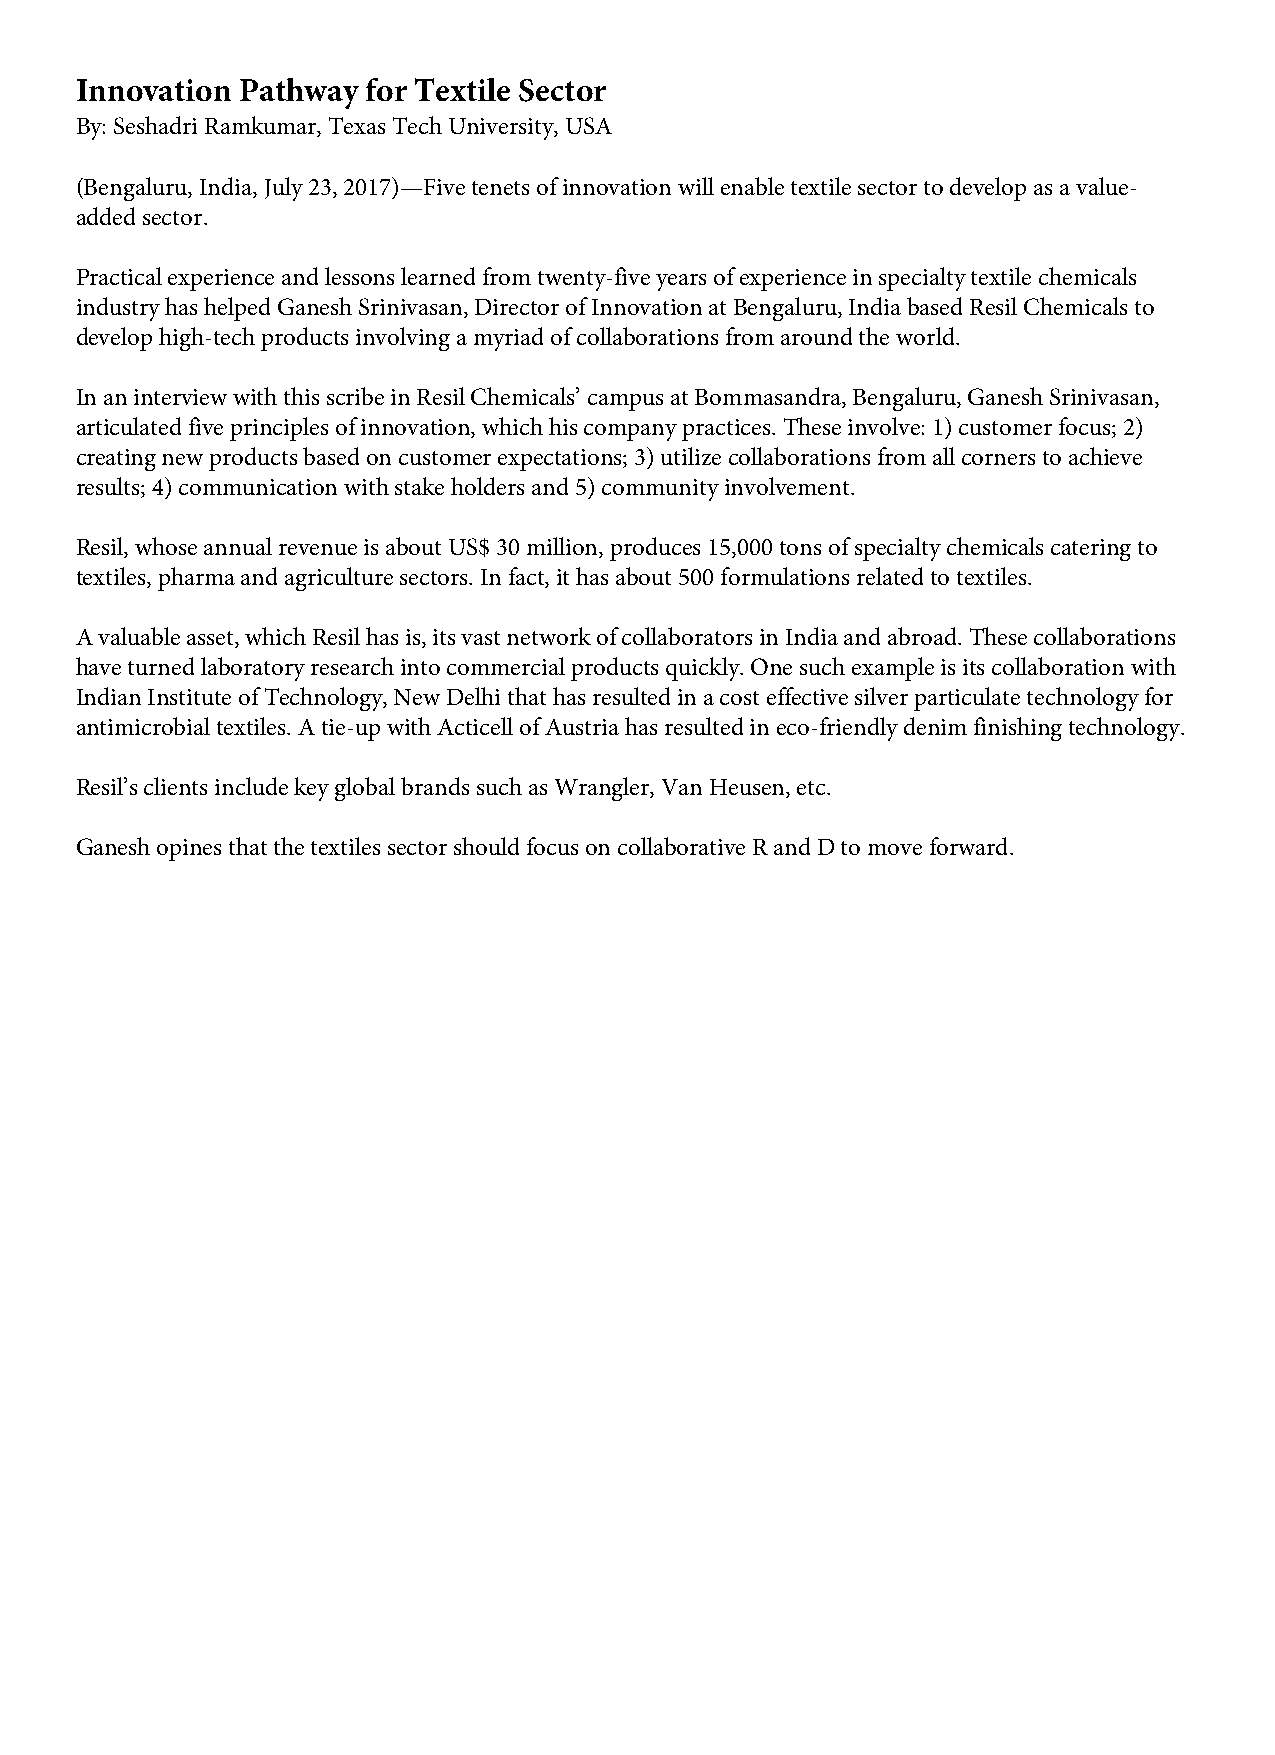
Innovation Pathway for Textile Sector
 By: Seshadri Ramkumar, Texas Tech University, USA
 (Bengaluru, India, July 23, 2017)—Five tenets of innovation will enable textile sector to develop as a value-
 added sector.
 Practical experience and lessons learned from twenty-five years of experience in specialty textile chemicals
 industry has helped Ganesh Srinivasan, Director of Innovation at Bengaluru, India based Resil Chemicals to
 develop high-tech products involving a myriad of collaborations from around the world.
 In an interview with this scribe in Resil Chemicals’ campus at Bommasandra, Bengaluru, Ganesh Srinivasan,
 articulated five principles of innovation, which his company practices. These involve: 1) customer focus; 2)
 creating new products based on customer expectations; 3) utilize collaborations from all corners to achieve
 results; 4) communication with stake holders and 5) community involvement.
 Resil, whose annual revenue is about US$ 30 million, produces 15,000 tons of specialty chemicals catering to
 textiles, pharma and agriculture sectors. In fact, it has about 500 formulations related to textiles.
 A valuable asset, which Resil has is, its vast network of collaborators in India and abroad. These collaborations
 have turned laboratory research into commercial products quickly. One such example is its collaboration with
 Indian Institute of Technology, New Delhi that has resulted in a cost effective silver particulate technology for
 antimicrobial textiles. A tie-up with Acticell of Austria has resulted in eco-friendly denim finishing technology.
 Resil’s clients include key global brands such as Wrangler, Van Heusen, etc.
 Ganesh opines that the textiles sector should focus on collaborative R and D to move forward.